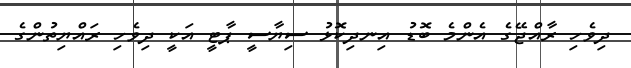
ދިވެހި ރާއްޖޭގެ އެންމެ ބޮޑު އިނދިކޮޅު ސިޔާސީ ޕާޓީ އަކީ ދިވެހި ރައްޔިތުންގެ